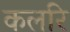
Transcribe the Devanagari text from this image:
कलरि